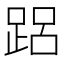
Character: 𲃨